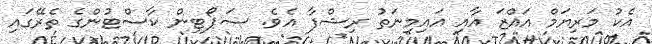
އެކު މަރިޔަމް އައްޒަ އާއި އައިމިނަތު ރިޝްފާ އެވެ. ސަޕޯޓިން ކާސްޓުންގެ ތެރޭގައި